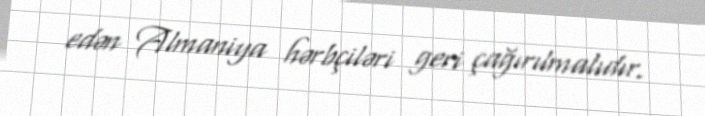
edən Almaniya hərbçiləri geri çağırılmalıdır.